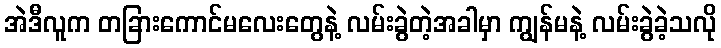
အဲဒီလူက တခြားကောင်မလေးတွေနဲ့ လမ်းခွဲတဲ့အခါမှာ ကျွန်မနဲ့ လမ်းခွဲခဲ့သလို